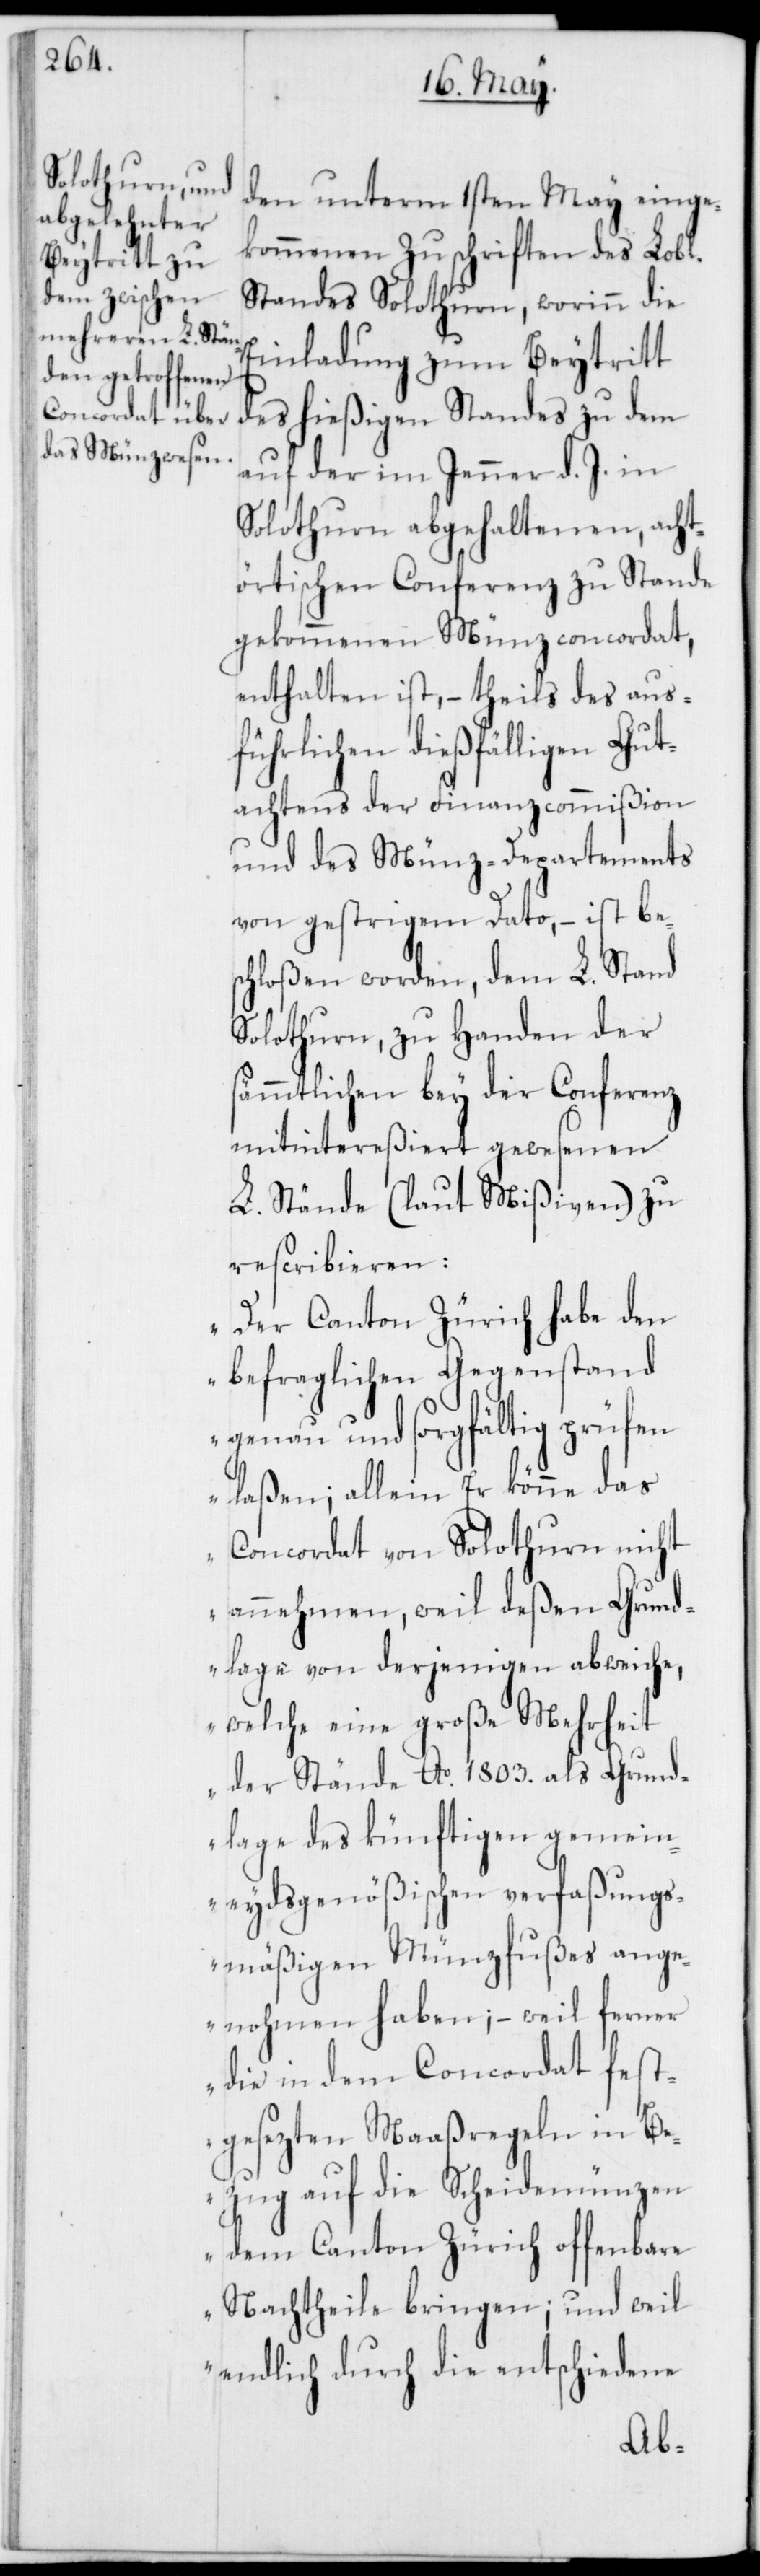
den unterm 1sten May einge¬
kommenen Zuschriften des Lobl.
Standes Solothurn, worinn die
Einladung zum Beytritt
des hießigen Standes zu dem
auf der im Jenner d. J. in
Solothurn abgehaltenen, acht¬
örtischen Conferenz zu Stande
gekommenen Münzconcordat,
enthalten ist, – theils des aus¬
führlichen dießfälligen Gut¬
achtens der Finanzcommißion
und des Münz-Departements
von gestrigem Dato, – ist be¬
schloßen worden, dem L. Stand
Solothurn, zu Handen der
sämmtlichen bey der Conferenz
mitintereßiert gewesenen
L. Stände (laut Mißiven) zu
rescribieren:
„Der Canton Zürich habe den
befraglichen Gegenstand
genau und sorgfältig prüfen
laßen; allein Er könne das
Concordat von Solothurn nicht
annehmen, weil deßen Grund¬
lage von derjenigen abweiche,
welche eine große Mehrheit
der Stände Ao 1803. als Grund¬
lage des künftigen gemein¬
eydsgenößischen verfaßungs¬
mäßigen Münzfußes ange¬
nohmen haben, – weil ferner
die in dem Concordat fest¬
gesezten Maaßregeln in Be¬
zug auf die Scheidenmünzen
dem Canton Zürich offenbare
Nachtheile bringen; und weil
endlich durch die entschiedene